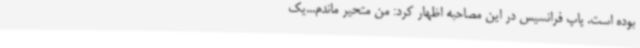
بوده است. پاپ فرانسیس در این مصاحبه اظهار کرد: من متحیر ماندم...یک